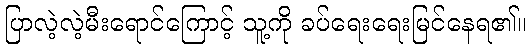
ပြာလဲ့လဲ့မီးရောင်ကြောင့် သူ့ကို ခပ်ရေးရေးမြင်နေရ၏။